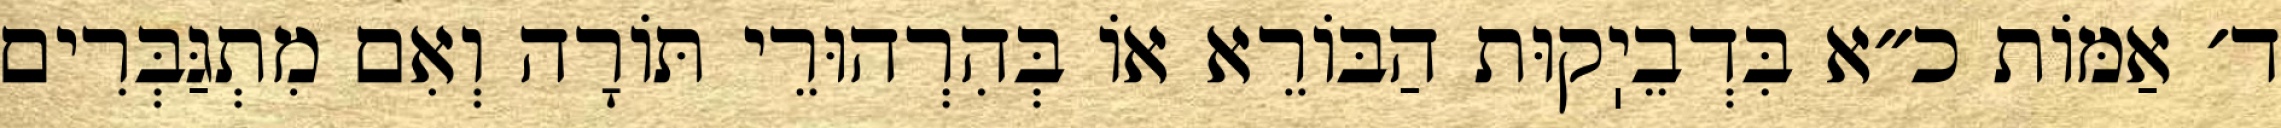
ד׳ אַמּוֹת כ״א בִּדְבֵיֽקוּת הַבּוֹרֵא אוֹ בְּהִרְהוּרֵי תּוֹרָה וְאִם מִתְגַּבְּרִים